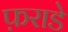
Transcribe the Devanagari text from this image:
फ़राडे